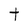
Character: t